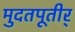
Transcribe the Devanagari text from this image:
मुदतपूतीर्